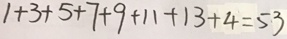
1 + 3 + 5 + 7 + 9 + 1 1 + 1 3 + 4 = 5 3